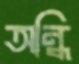
অন্ধি